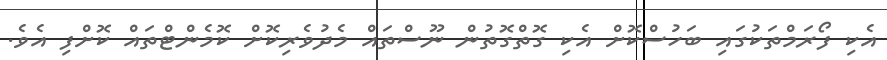
އެކި ފޯރަމްތަކުގައި ބަހުސްކޮށް އެކި ގޮތްގޮތުން ނޫސްތައް މެދުވެރިކޮށް ކޮމެންޓްތައް ކޮށްފި އެވެ.